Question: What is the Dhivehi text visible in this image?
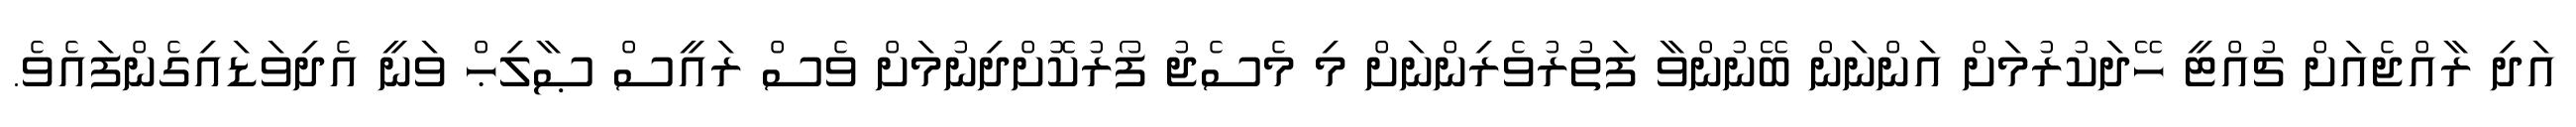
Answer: އަދި ރާއްޖެއަށް ޗުއްޓީ ހޭދަކުރުމަށް އަންނަން ބޭނުންވާ ފަތުރުވެރިންނަށް މި މެސެޖު ފޯރުކޮށްދިނުމަށް ވެސް ރައީސް ޞާލިޙް ވަނީ އެދިވަޑައިގެންފައެވެ.